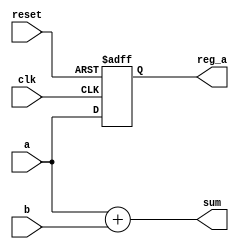
module combinational_sequential_example (
    input wire clk,          // Clock input
    input wire reset,        // Asynchronous reset
    input wire [3:0] a,     // 4-bit input
    input wire [3:0] b,     // 4-bit input
    output reg [4:0] sum,    // 5-bit output for sum
    output reg [3:0] reg_a   // 4-bit output register
);

// Combinational Logic: Calculate the sum of a and b
always @* begin
    sum = a + b;  // Calculate sum based on current values of a and b
end

// Sequential Logic: Register to hold the value of a
always @(posedge clk or posedge reset) begin
    if (reset) begin
        reg_a <= 4'b0000;  // Reset reg_a to 0 on reset signal
    end else begin
        reg_a <= a;        // Store the value of a on clock edge
    end
end

endmodule